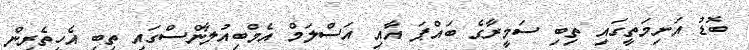
ބޮޑު އަށިމަތީގައި ތިބި ސަމީރާގެ ބައްޕަ އާއި އަސްލަމް އެމްބިއުލާންސްގައި ތިބި އެހީތެރިން